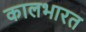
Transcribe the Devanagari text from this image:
कालभारत